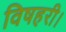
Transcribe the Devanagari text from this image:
विषहरी।